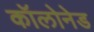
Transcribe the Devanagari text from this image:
कॉलोनेड